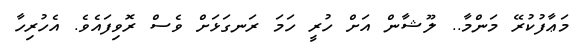
މަޢާފުކުރޭ މަންމާ.. ލޫޝާން އަށް ހުރީ ހަމަ ރަނގަޅަށް ވެސް ރޮވިފައެވެ. އެހުރިހާ